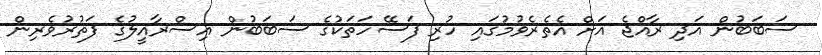
ސަބަބުން އަދި ރާއްޖެ އަށް އެތެރެވުމުގައި ހުރި ފަސޭހަތަކުގެ ސަބަބުން އިސްރާއީލުގެ ފަތުރުވެރިން